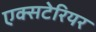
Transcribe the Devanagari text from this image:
एक्सटेरियर